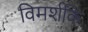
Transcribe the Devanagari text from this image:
विमर्शकि